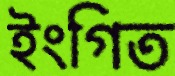
ইংগিত